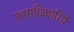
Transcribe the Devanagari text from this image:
उत्तराधिकारियें